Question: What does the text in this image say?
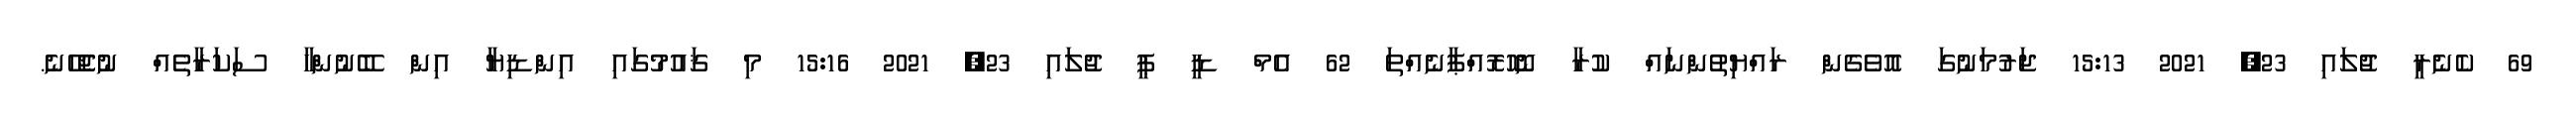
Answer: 69 ކެނެރީ ޖުލައި 23, 2021 15:13 ޖަރުމަނުގަ އޮވެގެން ރައްޔިތުންނައް ކުރާ ނޮހޮރޮއްޕާނެއްތަ 62 އެމް ޑީ ޕީ ޖުލައި 23, 2021 15:16 މި ޤައުމުގައި އިންޑިޔާ އިން ބޭނުންހާ ސަކަރާތެއް ނުޖެހޭނެ.